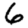
Digit: 6